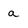
Character: a